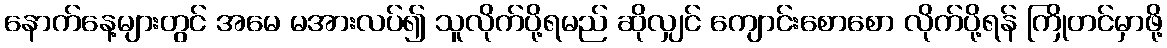
နောက်နေ့များတွင် အမေ မအားလပ်၍ သူလိုက်ပို့ရမည် ဆိုလျှင် ကျောင်းစောစော လိုက်ပို့ရန် ကြိုတင်မှာဖို့